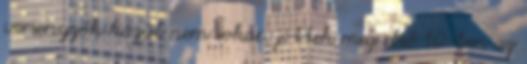
versenyzők közül nem sokan jöttek meg első 10-ben az